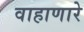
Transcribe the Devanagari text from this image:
वाहाणारे